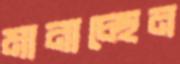
মানাচ্ছেন